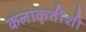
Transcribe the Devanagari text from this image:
कलाकृतींशी